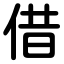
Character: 借